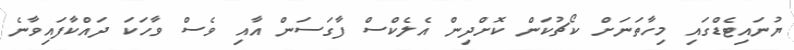
ޔުނައިޓެޑްގައި މިހާތަނަށް ކޯޗުކަން ކޮށްދިން އެލެކްސް ފާގަސަން އާއި ވެސް ވާހަކަ ދައްކާފައިވާނެ